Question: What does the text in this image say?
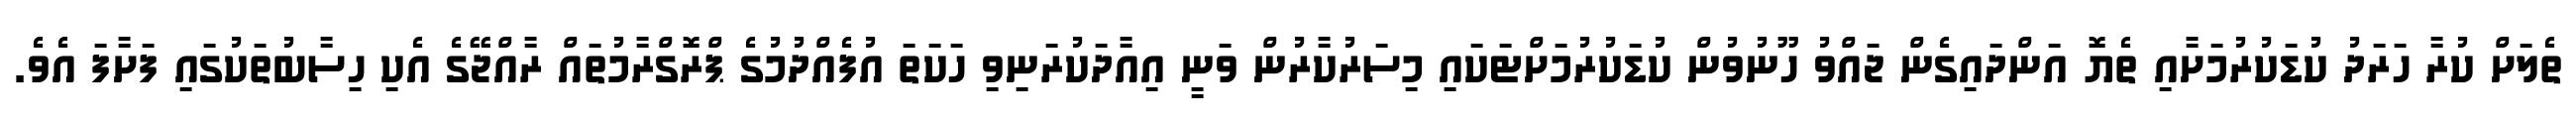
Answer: ތެލަށް ކުރާ ހަރަދު ކުޑަކުރުމަށާއި ތެޔޮ އަންދައިގެން ޖައްވު ހޫނުވުން ކުޑަކުރުމަށްޓަކައި މިސަރުކާރުން ވަނީ އިއާދަކުރަނިވި ހަކަތަ އުފެއްދުމުގެ ޕްރޮގްރާމުތައް ރާއްޖޭގެ އެކި ހިސާބުތަކުގައި ފަށާފަ އެވެ.